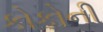
કોકોની